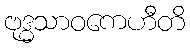
ဗုဒ္ဓသာဝကေဟီတိ